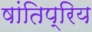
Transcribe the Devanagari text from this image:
षांतिप्रिय